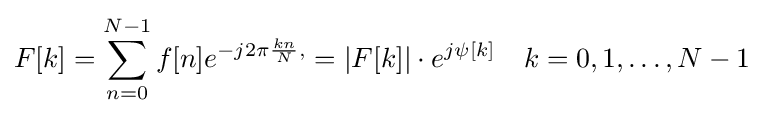
F[k]=\sum _{n=0}^{N-1}f[n]e^{-j2\pi {\frac {kn}{N}},}=|F[k]|\cdot e^{j\psi [k]}\quad k=0,1,\ldots ,N-1